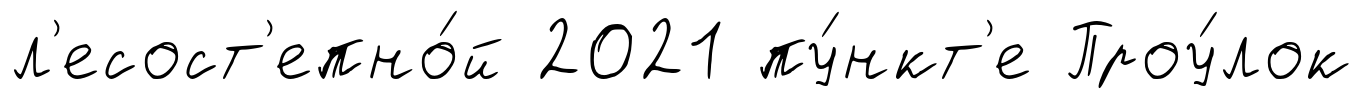
л'есост'епно́й 2021 пу́нкт'е Проу́лок